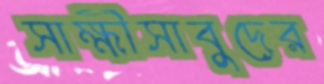
সাক্ষীসাবুদের